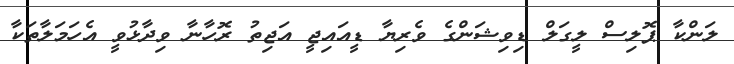
ލަންކާ ޕޮލިސް ލީގަލް ޑިވިޝަންގެ ވެރިޔާ ޑީއައިޖީ އަޖިތު ރޮހާނާ ވިދާޅުވީ އެހަމަލާތަކާ